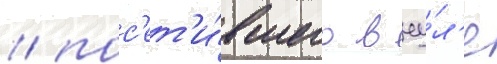
/ пос'ет'и́вшего в иу́л'е